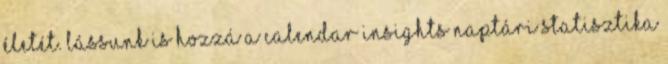
életét. Lássunk is hozzá A Calendar Insights Naptári statisztika